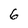
Character: 6